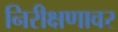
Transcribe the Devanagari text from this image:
निरीक्षणावर